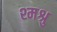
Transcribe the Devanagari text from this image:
श्मश्रु